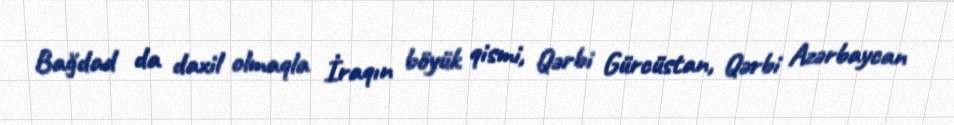
Bağdad da daxil olmaqla İraqın böyük qismi, Qərbi Gürcüstan, Qərbi Azərbaycan